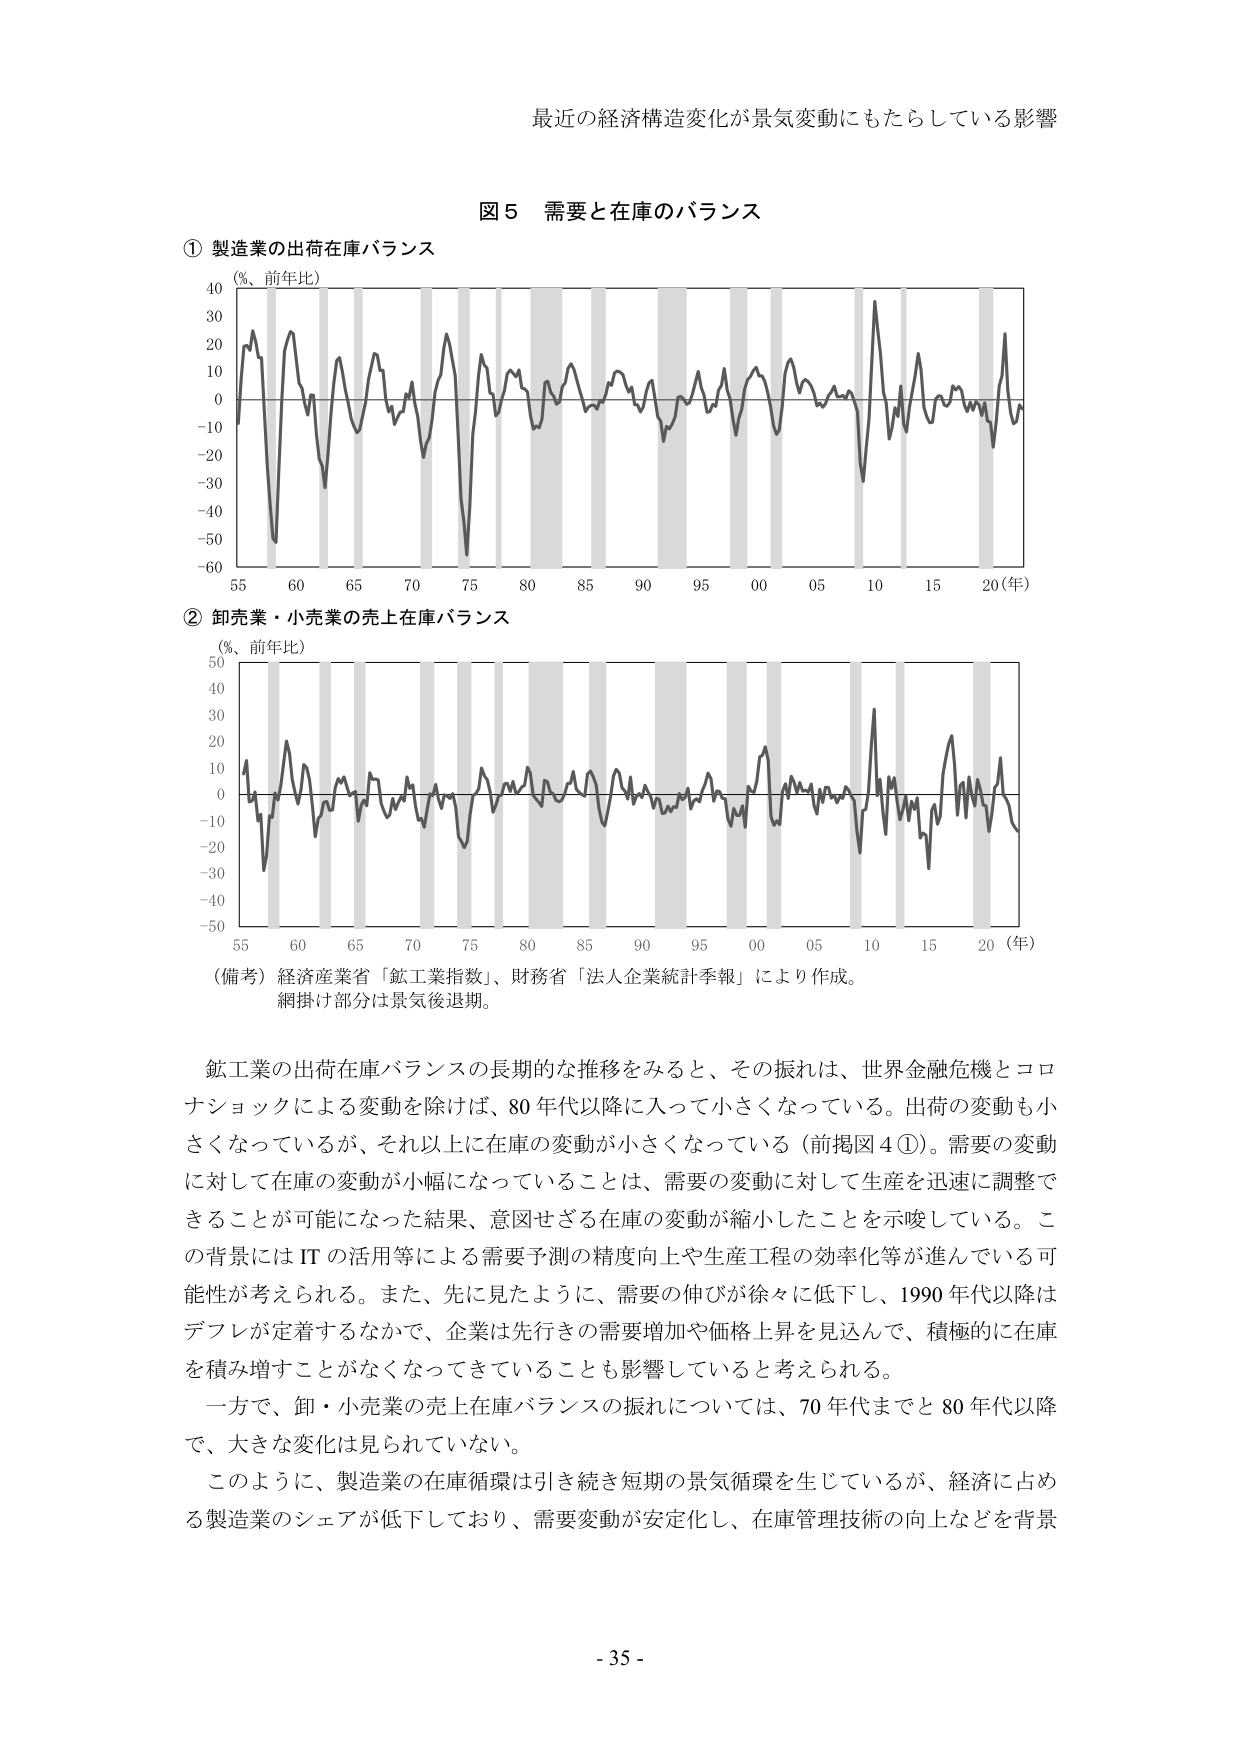
最近の経済構造変化が景気変動にもたらしている影響

図５　需要と在庫のバランス

① 製造業の出荷在庫バランス
（%、前年比）
40
30
20
10
0
-10
-20
-30
-40
-50
-60
55　60　65　70　75　80　85　90　95　00　05　10　15　20（年）

② 卸売業・小売業の売上在庫バランス
（%、前年比）
50
40
30
20
10
0
-10
-20
-30
-40
-50
55　60　65　70　75　80　85　90　95　00　05　10　15　20（年）

（備考）経済産業省「鉱工業指数」、財務省「法人企業統計季報」により作成。
網掛け部分は景気後退期。

鉱工業の出荷在庫バランスの長期的な推移をみると、その振れは、世界金融危機とコロナショックによる変動を除けば、80年代以降に入って小さくなっている。出荷の変動も小さくなっているが、それ以上に在庫の変動が小さくなっている（前掲図４①）。需要の変動に対して在庫の変動が小幅になっていることは、需要の変動に対して生産を迅速に調整できることが可能になった結果、意図せざる在庫の変動が縮小したことを示唆している。この背景にはITの活用等による需要予測の精度向上や生産工程の効率化等が進んでいる可能性が考えられる。また、先に見たように、需要の伸びが徐々に低下し、1990年代以降はデフレが定着するなかで、企業は先行きの需要増加や価格上昇を見込んで、積極的に在庫を積み増すことがなくなってきていることも影響していると考えられる。

一方で、卸・小売業の売上在庫バランスの振れについては、70年代までと80年代以降で、大きな変化は見られていない。

このように、製造業の在庫循環は引き続き短期の景気循環を生じているが、経済に占める製造業のシェアが低下しており、需要変動が安定化し、在庫管理技術の向上などを背景

- 35 -